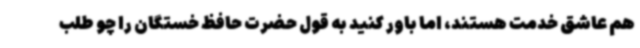
هم عاشق خدمت هستند، اما باور کنید به قول حضرت حافظ خستگان را چو طلب